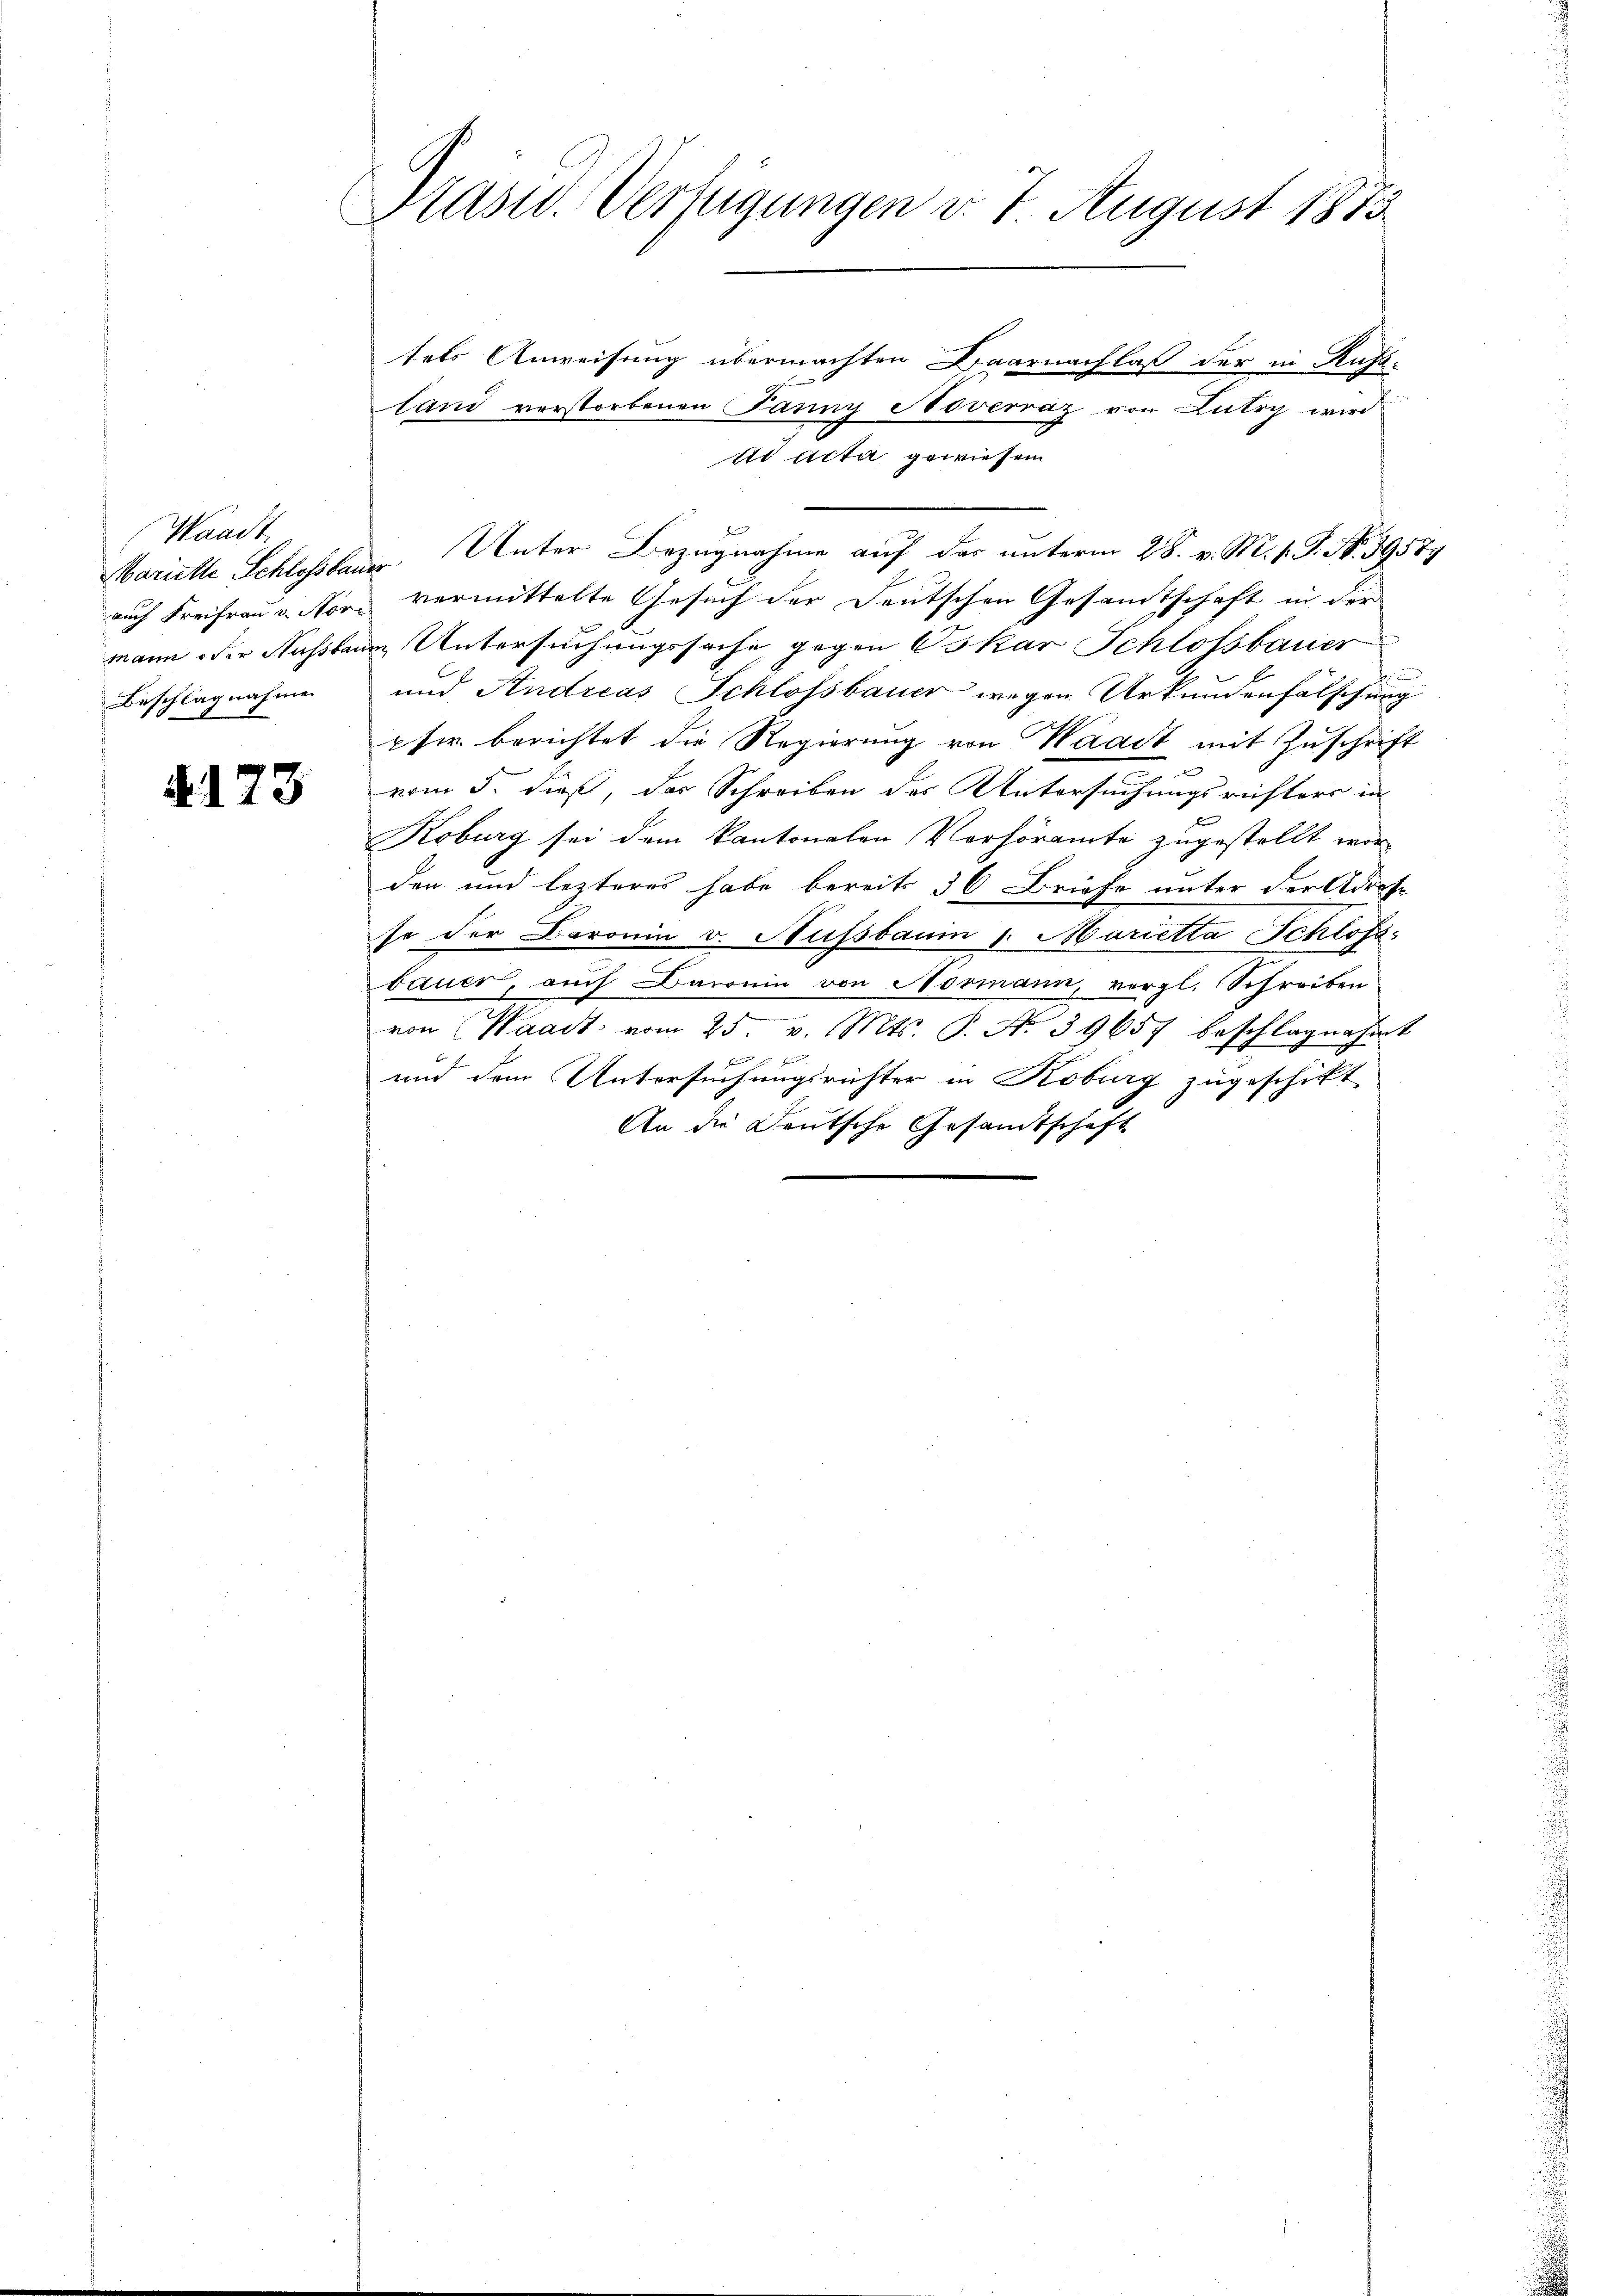
Waadt,
Beschlagnahme

R. 173

Prasid. Verfügungen v. 7. August 1873

tels Anweisung übermachten Baarnachlaß der in Rufs-
land verstorbenen Panny Noverraz von Lutry wird
Ad Acta gewiesen
Marielle Schlossene Unter Bezugnahme auf das unterm 28. v. M. v. J. No. 39589
auch Freifrau v. Non vermittelte Gesuch der Deutschen Gesamtschaft in der
mann oder Nussbaue Untersuchungssache gegen Oskar Schlössbauer
.
und Andreas Schlossbauer wegen Urkundenfälschung
pfer berichtet die Regierung von Waadt mit Zuschrift
vom 5. dieß, das Schreiben des Untersuchungsrichters in
Koburg sei dem kantonalen Verhöramte zugestellt worden und lezteres habe bereits 36 Briefe unter der Adrese
so der Baronin v. Hussbaum 1. Marietta Schloss
bauer, auch Baronin von Normann, vergl. Schreiben
von Waadt vom 25. v. Mts. S. No. 39657 beschlagnahmt

und dem Untersuchungsrichter in Koburg zugeschikt
An die Deutsche Gesandtschaft